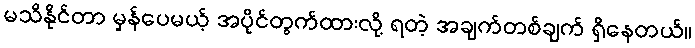
မသိနိုင်တာ မှန်ပေမယ့် အပိုင်တွက်ထားလို့ ရတဲ့ အချက်တစ်ချက် ရှိနေတယ်။